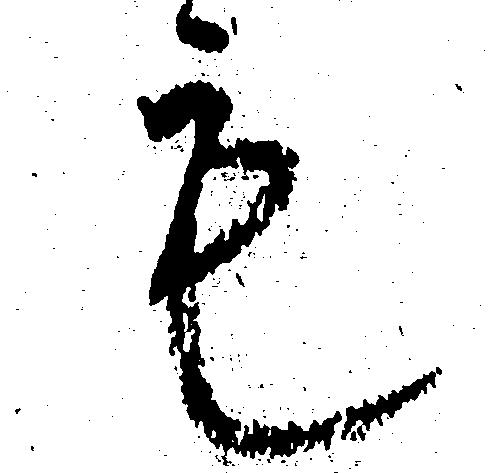
も